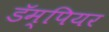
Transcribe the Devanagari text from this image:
डॅम्पियर